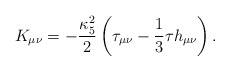
\begin{align*}K_{\mu\nu}=-\frac{\kappa_5^2}{2}\left(\tau_{\mu\nu}-\frac{1}{3}\tau h_{\mu\nu}\right).\end{align*}